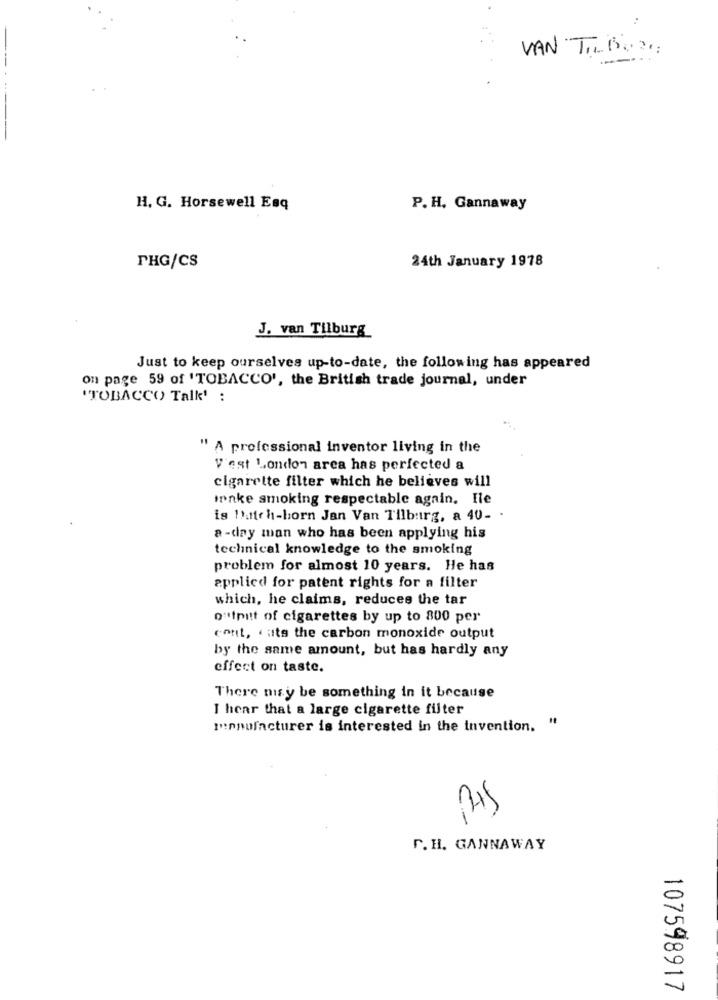
VAN TILBORG:
--
H. G. Horsewell Esq
P. H. Gannaway
PHG/CS
24th January 1978
J. van Tilburg
Just to keep ourselves up-to-date, the following has appeared
on page 59 of 'TOBACCO', the British trade journal, under
'TOBACCO Talk' :
" A professional inventor living in the
V'est London area has perfected a
cigarette filter which he believes will
innke smoking respectable again. Ile
is Match-born Jan Van Tilburg, a 40- .
a -day man who has been applying his
technical knowledge to the smoking
problem for almost 10 years. He has
applied for patent rights for a filter
which, he claims, reduces the tar
outputt of cigarettes by up to 800 per
cont, . uts the carbon monoxide output
by the same amount, but has hardly any
effect on taste.
There nisy be something in it because
I hear that a large cigarette filter
manufacturer is interested in the invention. "
PH5
P. H. GANNAWAY
107598917